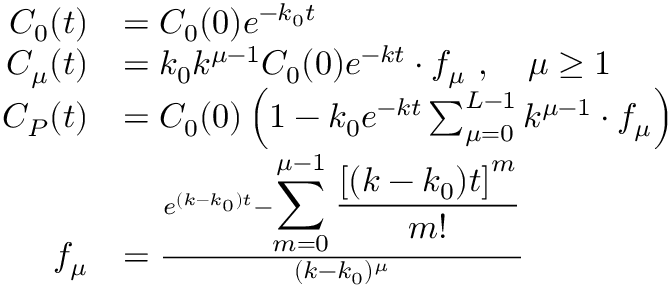
\begin{array} { r l } { C _ { 0 } ( t ) } & { = C _ { 0 } ( 0 ) e ^ { - k _ { 0 } t } } \\ { C _ { \mu } ( t ) } & { = k _ { 0 } k ^ { \mu - 1 } C _ { 0 } ( 0 ) e ^ { - k t } \cdot f _ { \mu } \ , \quad \mu \geq 1 } \\ { C _ { P } ( t ) } & { = C _ { 0 } ( 0 ) \left( 1 - k _ { 0 } e ^ { - k t } \sum _ { \mu = 0 } ^ { L - 1 } k ^ { \mu - 1 } \cdot f _ { \mu } \right) } \\ { f _ { \mu } } & { = \frac { e ^ { ( k - k _ { 0 } ) t } - { \displaystyle \sum _ { m = 0 } ^ { \mu - 1 } \frac { \left[ ( k - k _ { 0 } ) t \right] ^ { m } } { m ! } } } { ( k - k _ { 0 } ) ^ { \mu } } } \end{array}